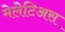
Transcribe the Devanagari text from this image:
मेलेटिअस